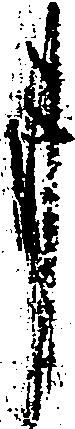
事